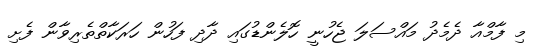
މި ފާމްއާ ދެމެދު މައްސަލަ ޖެހުނީ ހޮލެންޑުގައި ދާދި ފަހުން ހަރަކާތްތެރިވާން ފެށި